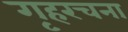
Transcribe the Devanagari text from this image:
गृहरचना